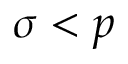
\sigma < p